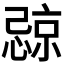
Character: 𪬧